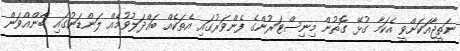
ނަތީޖާއަކަށްވީ އެކަމާ ގުޅޭ ގޮތުން މިނިސްޓަރުންގެ ފެންވަރުގައި އެތަކެއް ބައްދަލުވުމެއް ލަންޑަނުގައި ބާންއްވަން